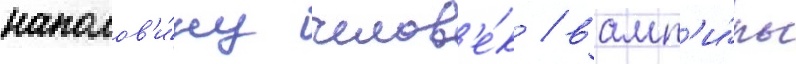
наполов'и́ну челов'е́к / вамп'и́ры